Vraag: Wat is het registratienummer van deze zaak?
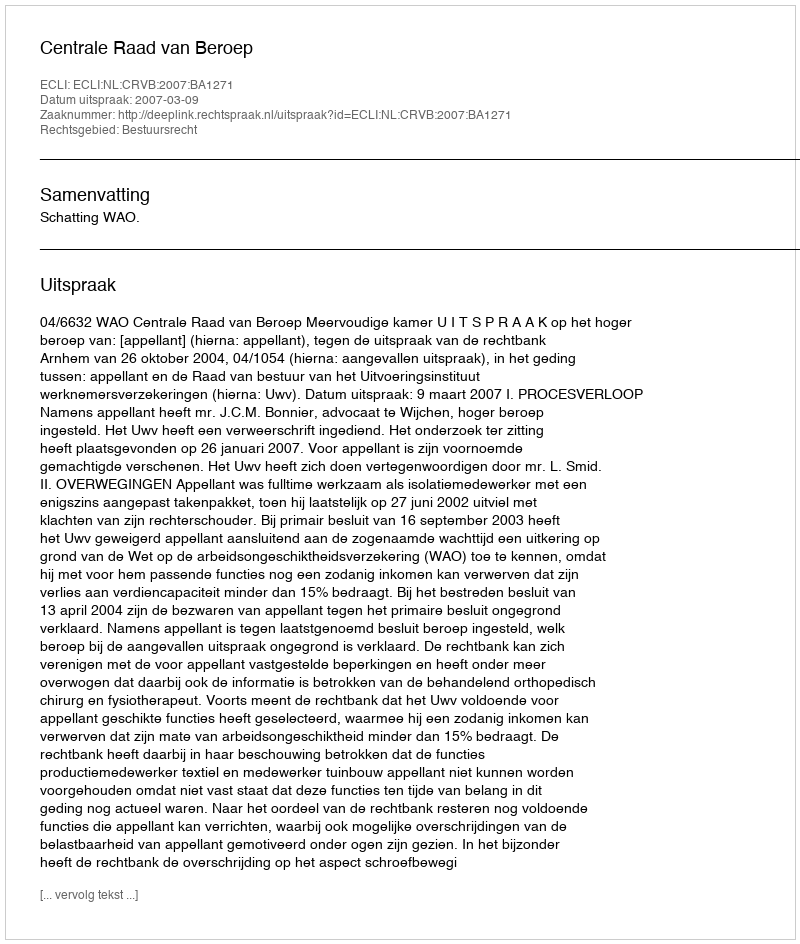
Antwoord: http://deeplink.rechtspraak.nl/uitspraak?id=ECLI:NL:CRVB:2007:BA1271